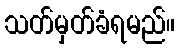
သတ်မှတ်ခံရမည်။